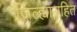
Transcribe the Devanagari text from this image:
जिल्ह्यासहित